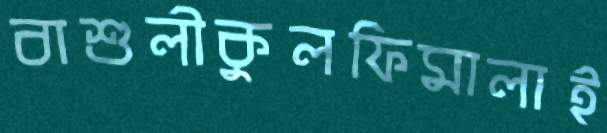
বাশুলীকুলফিমালাই